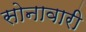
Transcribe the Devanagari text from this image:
सोनावारी